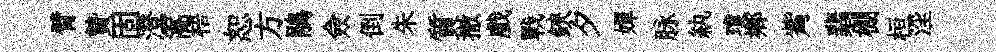
臂贄固澄篙梧恕方鵑僉倒朱質撤戲戰鋏夕嬋脉紈瓊郷觜翡棚桓淫